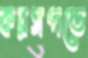
করসপন্ডে